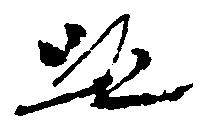
跡